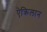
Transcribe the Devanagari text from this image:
ऐक्रिलान